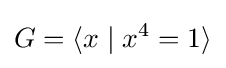
G=\langle x\mid x^{4}=1\rangle